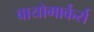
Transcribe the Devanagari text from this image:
बायोमार्कर्स